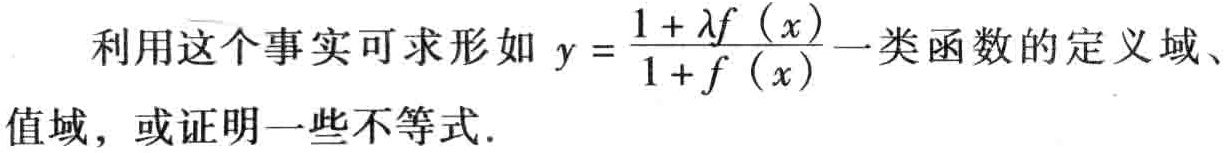
利用这个事实可求形如 \(y = \frac{1 + \lambda f(x)}{1 + f(x)}\) 一类函数的定义域、值域，或证明一些不等式.